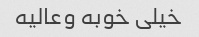
خیلی خوبه وعالیه